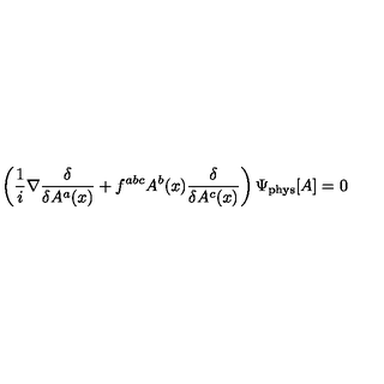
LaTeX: \left( \frac { 1 } { i } \nabla \frac { \delta } { \delta A ^ { a } ( x ) } + f ^ { a b c } A ^ { b } ( x ) \frac { \delta } { \delta A ^ { c } ( x ) } \right) \Psi _ { \mathrm { p h y s } } [ A ] = 0